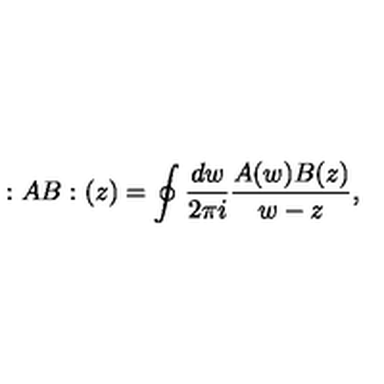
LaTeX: : A B : ( z ) = \oint { \frac { d w } { 2 \pi i } } { \frac { A ( w ) B ( z ) } { w - z } } ,